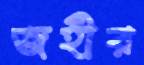
জহীর